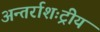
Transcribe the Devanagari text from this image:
अन्तर्राशःट्रीय